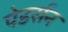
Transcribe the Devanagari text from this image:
पेडर्सन